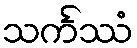
သင်္ကဿံ